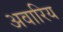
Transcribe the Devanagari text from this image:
अवारिय